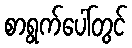
စာရွက်ပေါ်တွင်